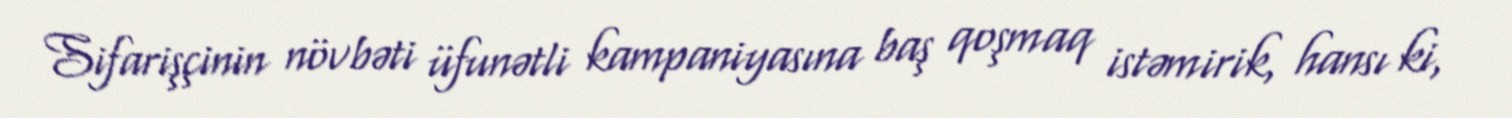
Sifarişçinin növbəti üfunətli kampaniyasına baş qoşmaq istəmirik, hansı ki,